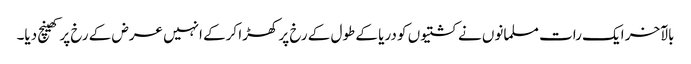
بالآخر ایک رات مسلمانوں نے کشتیوں کو دریا کے طول کے رخ پر کھڑا کرکے انہیں عرض کے رخ پر کھینچ دیا۔